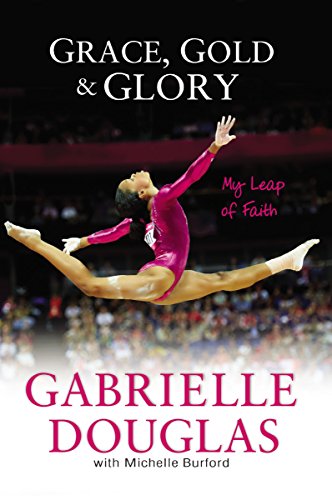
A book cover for Grace, Gold, and Glory My Leap of Faith; Gabrielle Douglas; Education & Teaching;